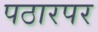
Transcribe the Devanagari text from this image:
पठारपर